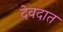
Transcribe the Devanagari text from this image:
देवदात